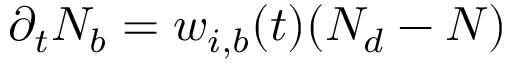
\partial _ { t } N _ { b } = w _ { i , b } ( t ) ( N _ { d } - N )